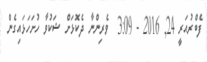
ފެބްރުއަރީ 24